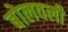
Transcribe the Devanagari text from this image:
बोलवली